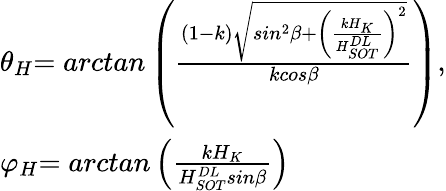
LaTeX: \begin{array}{ll}{{\theta}_{H}{=arctan}\left(\frac{\left(1-k\right)\sqrt{sin^{2}\beta+{\left(\frac{kH_{K}}{H_{SOT}^{DL}}\right)}^{2}}}{kcos\beta}\right),}\\ {{\varphi}_{H}{=arctan}\left(\frac{kH_{K}}{H_{SOT}^{DL}sin\beta}\right)}\end{array}